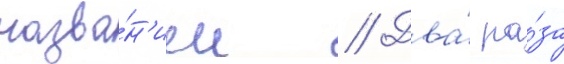
назва́н'ием // Два́ ра́за